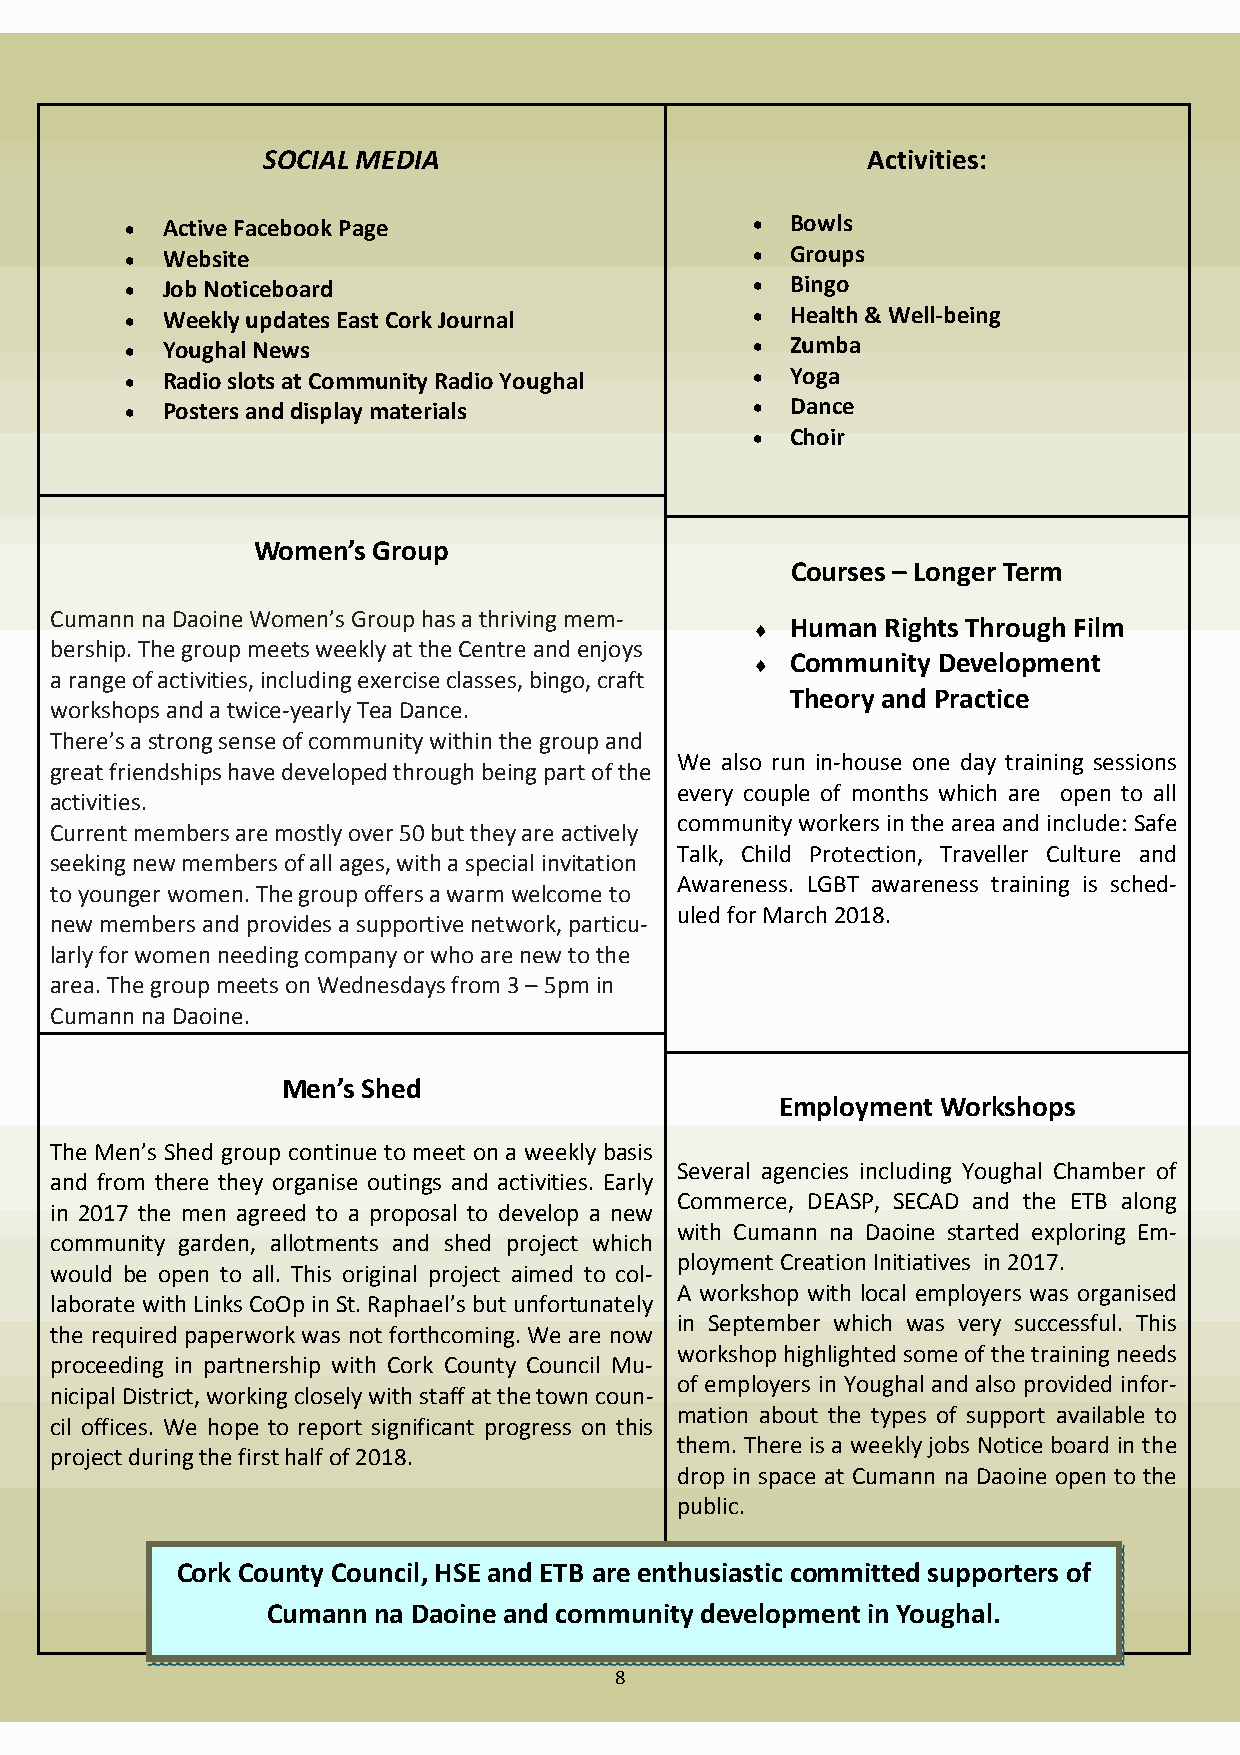
SOCIAL MEDIA                            Activities:
 •  Active Facebook Page                   • Bowls
 •  Website                                • Groups
 •  Job Noticeboard                        • Bingo
 •  Weekly updates East Cork Journal       • Health & Well-being
 •  Youghal News                           • Zumba
 •  Radio slots at Community Radio Youghal • Yoga
 •  Posters and display materials          • Dance
 • Choir
 Women’s Group
 Courses – Longer Term
 Cumann na Daoine Women’s Group has a thriving mem-
 ♦ Human  Rights Through Film
 bership. The group meets weekly at the Centre and enjoys
 ♦ Community Development
 a range of activities, including exercise classes, bingo, craft
 Theory and Practice
 workshops and a twice-yearly Tea Dance.
 There’s a strong sense of community within the group and
 We also run in-house one day training sessions
 great friendships have developed through being part of the
 every couple of months which are open to all
 activities.
 community workers in the area and include: Safe
 Current members are mostly over 50 but they are actively
 Talk, Child Protection, Traveller Culture and
 seeking new members of all ages, with a special invitation
 Awareness. LGBT awareness training is sched-
 to younger women. The group offers a warm welcome to
 uled for March 2018.
 new members and provides a supportive network, particu-
 larly for women needing company or who are new to the
 area. The group meets on Wednesdays from 3 – 5pm in
 Cumann na Daoine.
 Men’s Shed
 Employment Workshops
 The Men’s Shed group continue to meet on a weekly basis
 Several agencies including Youghal Chamber of
 and from there they organise outings and activities. Early
 Commerce, DEASP, SECAD and the ETB along
 in 2017 the men agreed to a proposal to develop a new
 with Cumann na Daoine started exploring Em-
 community garden, allotments and shed project which
 ployment Creation Initiatives in 2017.
 would be open to all. This original project aimed to col-
 A workshop with local employers was organised
 laborate with Links CoOp in St. Raphael’s but unfortunately
 in September which was very successful. This
 the required paperwork was not forthcoming. We are now
 workshop highlighted some of the training needs
 proceeding in partnership with Cork County Council Mu-
 of employers in Youghal and also provided infor-
 nicipal District, working closely with staff at the town coun-
 mation about the types of support available to
 cil offices. We hope to report significant progress on this
 them. There is a weekly jobs Notice board in the
 project during the first half of 2018.
 drop in space at Cumann na Daoine open to the
 public.
 Cork County Council, HSE and ETB are ent h usiastic committed supporters of
 Cumann na Daoine and community development in Youghal.
 8